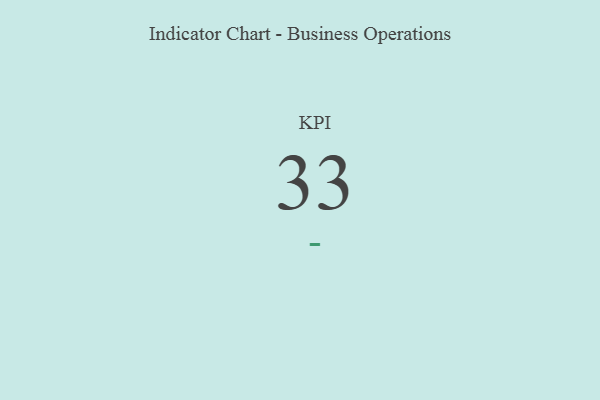
{"axis": {"x": "KPI", "y": "Value"}, "legend": [""], "data": [{"x": "KPI", "y": 33, "type": ""}]}